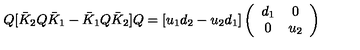
Q [ \bar { K } _ { 2 } Q \bar { K } _ { 1 } - \bar { K } _ { 1 } Q \bar { K } _ { 2 } ] Q = [ u _ { 1 } d _ { 2 } - u _ { 2 } d _ { 1 } ] \left( \begin{array} { c c } { d _ { 1 } } & { 0 } \\ { 0 } & { u _ { 2 } } \\ \end{array} \right)